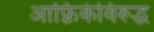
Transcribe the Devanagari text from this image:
आफ़्रिकेविरूद्ध